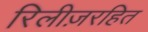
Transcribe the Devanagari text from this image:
रिलीज़रहित